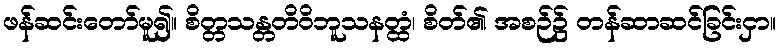
ဖန်ဆင်းတော်မူ၍။ စိတ္တသန္တတိဝိဘူသနတ္ထံ၊ စိတ်၏ အစဉ်၌ တန်ဆာဆင်ခြင်းငှာ။